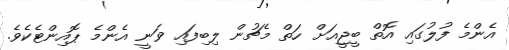
އެންމެ ފުލުގައި އޮތް ބީޖީއަށް ހަތް މެޗުން ލިބިފައި ވަނީ އެންމެ ޕޮއިންޓެކެވެ.